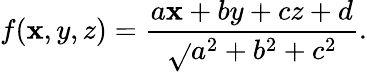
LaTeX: f(\mathbf{x},y,z)=\frac{{a\mathbf{x}+by+cz+d}}{{\sqrt{}{{a^{2}+b^{2}+c^{2}}}}}.